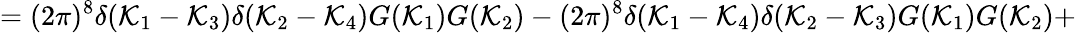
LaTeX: =(2\pi)^{8}\delta(\mathcal{K}_{1}-\mathcal{K}_{3})\delta(\mathcal{K}_{2}-\mathcal{K}_{4})G(\mathcal{K}_{1})G(\mathcal{K}_{2})-(2\pi)^{8}\delta(\mathcal{K}_{1}-\mathcal{K}_{4})\delta(\mathcal{K}_{2}-\mathcal{K}_{3})G(\mathcal{K}_{1})G(\mathcal{K}_{2})+